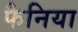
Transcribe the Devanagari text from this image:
फैनिया